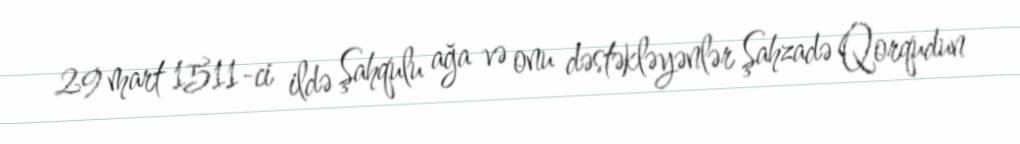
29 mart 1511-ci ildə Şahqulu ağa və onu dəstəkləyənlər Şahzadə Qorqudun